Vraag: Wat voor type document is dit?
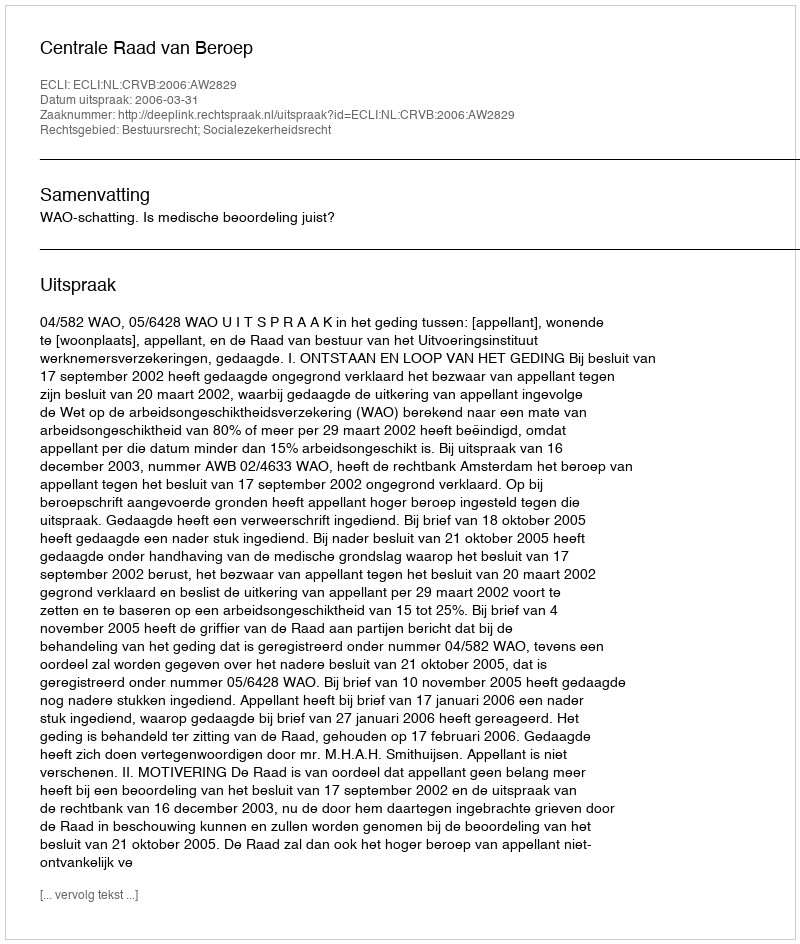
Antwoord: Uitspraak